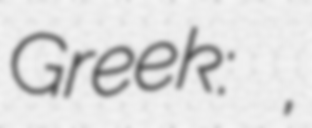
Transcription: Greek: Ἕλος,